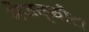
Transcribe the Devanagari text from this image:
मेज़क्वीटा